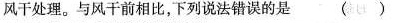
风干处理。与风干前相比，下列说法错误的是( )